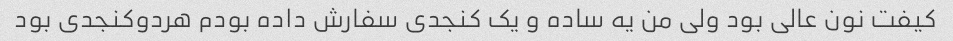
کیفت نون عالی بود ولی من یه ساده و یک کنجدی سفارش داده بودم هردو‌کنجدی بود